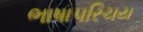
ભાષાપરિચય